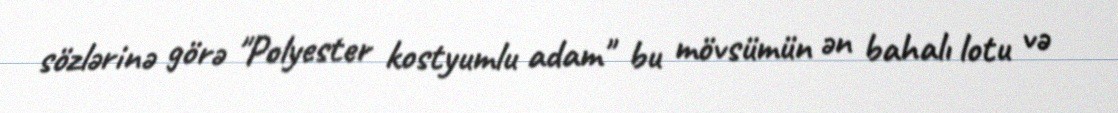
sözlərinə görə "Polyester kostyumlu adam" bu mövsümün ən bahalı lotu və